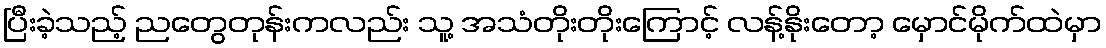
ပြီးခဲ့သည့် ညတွေတုန်းကလည်း သူ့ အသံတိုးတိုးကြောင့် လန့်နိုးတော့ မှောင်မိုက်ထဲမှာ